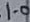
Text: 1.0